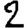
Digit: 2